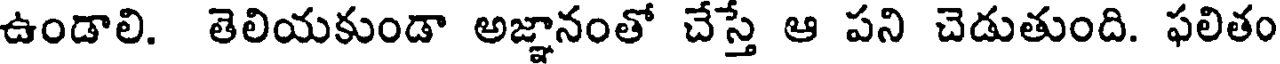
ఉండాలి. తెలియకుండా అజ్ఞానంతో చేస్తే ఆ పని చెడుతుంది. ఫలితం